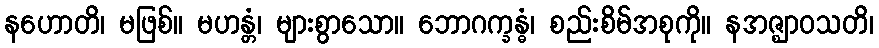
နဟောတိ၊ မဖြစ်။ မဟန္တံ၊ များစွာသော။ ဘောဂက္ခန္ဓံ၊ စည်းစိမ်အစုကို။ နအဇ္ဈာဝသတိ၊